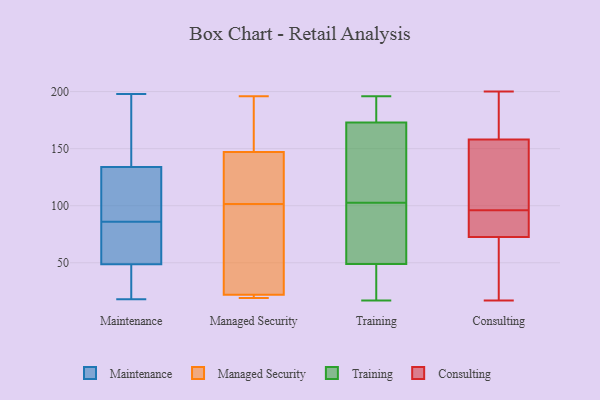
{"axis": {"x": "Temperature (°C)", "y": "Value"}, "legend": ["Consulting", "Maintenance", "Managed Security", "Training"], "data": [{"x": "", "y": 181, "type": "Maintenance"}, {"x": "", "y": 18, "type": "Maintenance"}, {"x": "", "y": 135, "type": "Maintenance"}, {"x": "", "y": 58, "type": "Maintenance"}, {"x": "", "y": 48, "type": "Maintenance"}, {"x": "", "y": 188, "type": "Maintenance"}, {"x": "", "y": 131, "type": "Maintenance"}, {"x": "", "y": 55, "type": "Maintenance"}, {"x": "", "y": 21, "type": "Maintenance"}, {"x": "", "y": 127, "type": "Maintenance"}, {"x": "", "y": 32, "type": "Maintenance"}, {"x": "", "y": 51, "type": "Maintenance"}, {"x": "", "y": 86, "type": "Maintenance"}, {"x": "", "y": 148, "type": "Maintenance"}, {"x": "", "y": 198, "type": "Maintenance"}, {"x": "", "y": 129, "type": "Maintenance"}, {"x": "", "y": 110, "type": "Maintenance"}, {"x": "", "y": 24, "type": "Maintenance"}, {"x": "", "y": 61, "type": "Maintenance"}, {"x": "", "y": 19, "type": "Managed Security"}, {"x": "", "y": 140, "type": "Managed Security"}, {"x": "", "y": 128, "type": "Managed Security"}, {"x": "", "y": 188, "type": "Managed Security"}, {"x": "", "y": 196, "type": "Managed Security"}, {"x": "", "y": 22, "type": "Managed Security"}, {"x": "", "y": 75, "type": "Managed Security"}, {"x": "", "y": 30, "type": "Managed Security"}, {"x": "", "y": 147, "type": "Managed Security"}, {"x": "", "y": 19, "type": "Managed Security"}, {"x": "", "y": 25, "type": "Training"}, {"x": "", "y": 133, "type": "Training"}, {"x": "", "y": 177, "type": "Training"}, {"x": "", "y": 17, "type": "Training"}, {"x": "", "y": 196, "type": "Training"}, {"x": "", "y": 125, "type": "Training"}, {"x": "", "y": 59, "type": "Training"}, {"x": "", "y": 196, "type": "Training"}, {"x": "", "y": 28, "type": "Training"}, {"x": "", "y": 100, "type": "Training"}, {"x": "", "y": 86, "type": "Training"}, {"x": "", "y": 32, "type": "Training"}, {"x": "", "y": 66, "type": "Training"}, {"x": "", "y": 105, "type": "Training"}, {"x": "", "y": 179, "type": "Training"}, {"x": "", "y": 49, "type": "Training"}, {"x": "", "y": 173, "type": "Training"}, {"x": "", "y": 106, "type": "Training"}, {"x": "", "y": 140, "type": "Consulting"}, {"x": "", "y": 200, "type": "Consulting"}, {"x": "", "y": 161, "type": "Consulting"}, {"x": "", "y": 17, "type": "Consulting"}, {"x": "", "y": 178, "type": "Consulting"}, {"x": "", "y": 78, "type": "Consulting"}, {"x": "", "y": 67, "type": "Consulting"}, {"x": "", "y": 177, "type": "Consulting"}, {"x": "", "y": 88, "type": "Consulting"}, {"x": "", "y": 82, "type": "Consulting"}, {"x": "", "y": 31, "type": "Consulting"}, {"x": "", "y": 155, "type": "Consulting"}, {"x": "", "y": 60, "type": "Consulting"}, {"x": "", "y": 84, "type": "Consulting"}, {"x": "", "y": 100, "type": "Consulting"}, {"x": "", "y": 92, "type": "Consulting"}, {"x": "", "y": 51, "type": "Consulting"}, {"x": "", "y": 101, "type": "Consulting"}, {"x": "", "y": 141, "type": "Consulting"}, {"x": "", "y": 177, "type": "Consulting"}]}